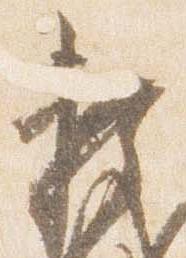
頼